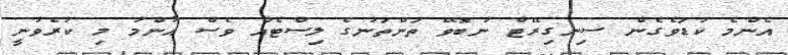
އެންމެ ކުޑަވެގެން ސިނގިރޭޓް ނުބޮވޭ ތަންތަނުގެ ލިސްޓެއް ވެސް އާންމު މި ކުރެވުނީ